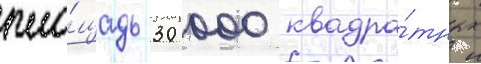
пло́щадь 30 000 квадра́тных